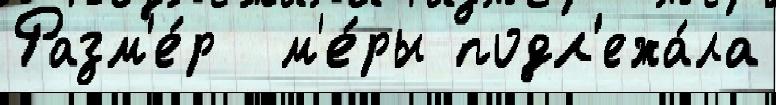
Разм'е́р  м'е́ры подл'ежа́ла